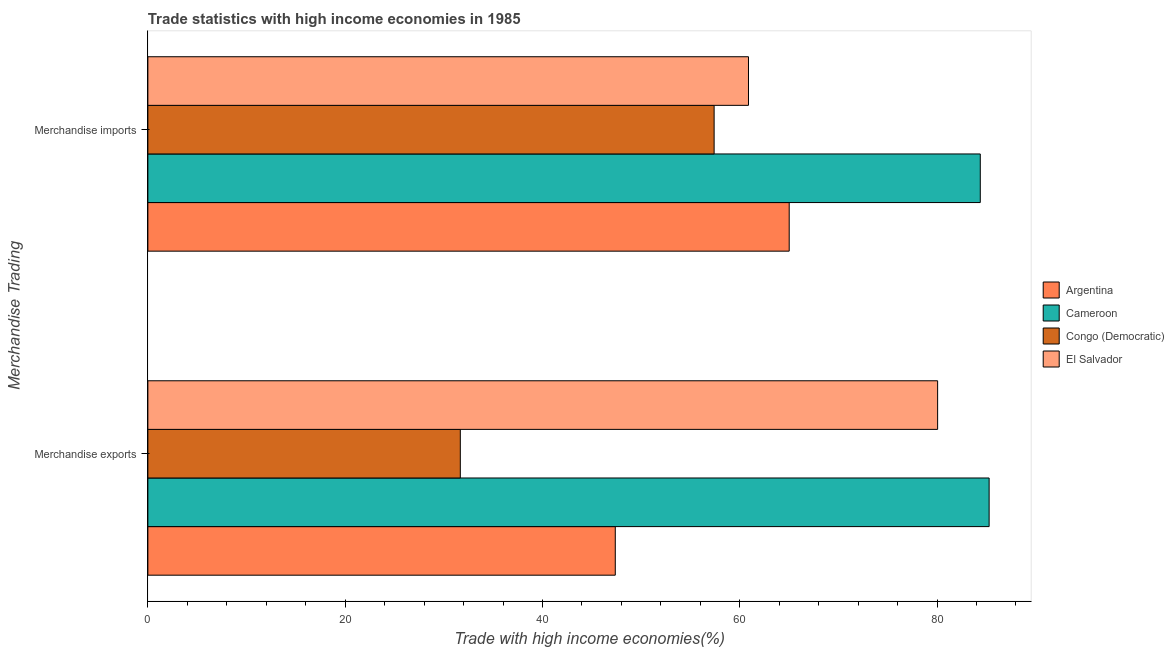
| Merchandise Trading | Argentina | Cameroon | Congo (Democratic) | El Salvador |
 | --- | --- | --- | --- | --- |
 | Merchandise exports | 47.4 | 85.3 | 31.7 | 80.1 |
 | Merchandise imports | 65 | 84.4 | 57.4 | 60.9 |